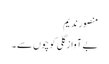
منصور ندیم
بے آواز گلی کوچوں سے ۔